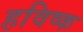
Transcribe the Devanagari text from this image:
हविष्क